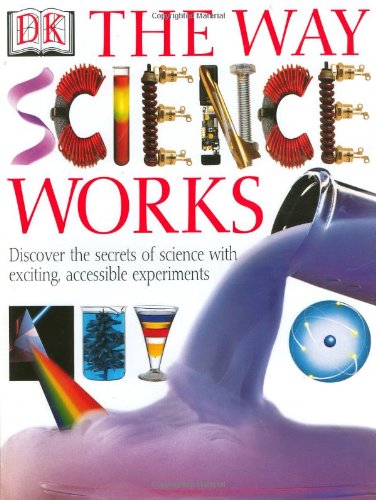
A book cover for The Way Science Works; DK Publishing; Children's Books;